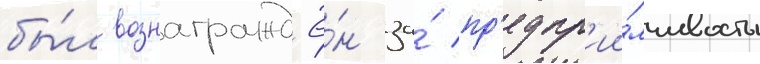
бы́л вознагражд'ё́н за́ пр'едпр'ии́мчивость